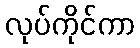
လုပ်ကိုင်ကာ